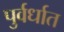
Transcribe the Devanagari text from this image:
पुर्वर्धात